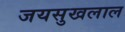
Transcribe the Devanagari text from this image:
जयसुखलाल